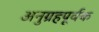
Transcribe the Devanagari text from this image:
अनुग्रहपूर्वक